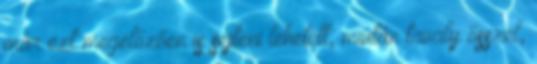
már ezt megelőzően is sejteni lehetett, miután tavaly ősszel,